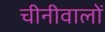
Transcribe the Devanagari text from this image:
चीनीवालों